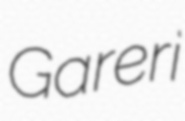
Gareri